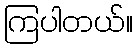
ကြပါတယ်။